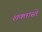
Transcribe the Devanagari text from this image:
शक्तास्ते